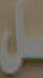
سل